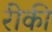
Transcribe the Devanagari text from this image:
रीकी